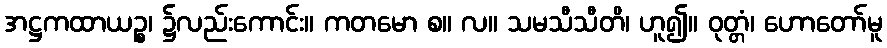
အဋ္ဌကထာယဉ္စ၊ ၌လည်းကောင်း။ ကတမော စ။ လ။ သမသီသီတိ၊ ဟူ၍။ ဝုတ္တံ၊ ဟောတော်မူ